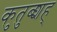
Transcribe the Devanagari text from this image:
कुतुब्शह्